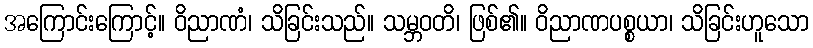
အကြောင်းကြောင့်။ ဝိညာဏံ၊ သိခြင်းသည်။ သမ္ဘဝတိ၊ ဖြစ်၏။ ဝိညာဏပစ္စယာ၊ သိခြင်းဟူသော